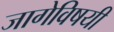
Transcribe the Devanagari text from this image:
जागेविषयी